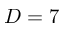
D = 7